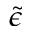
\tilde { \epsilon }